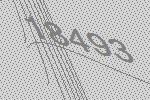
18493